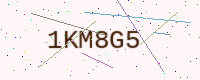
Text: 1KM8G5